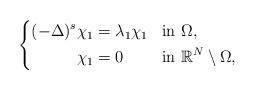
LaTeX: \begin{align*}\left\{\begin{aligned}(-\Delta)^s \chi_1&=\lambda_1\chi_1 && \mbox{in } \Omega,\\\chi_1&=0 && \mbox{in } \mathbb{R}^N\setminus \Omega,\end{aligned}\right.\end{align*}